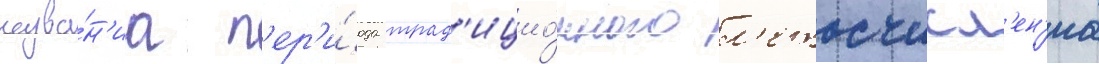
назва́н'иа п'ер'и́ода трад'ицио́нного л'етосчисл'ен'иа